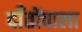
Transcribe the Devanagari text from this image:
दाँतोंवाला